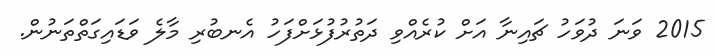
2015 ވަނަ ދުވަހު ޗައިނާ އަށް ކުރެއްވި ދަތުރުފުޅަށްފަހު އެނބުރި މާލެ ވަޑައިގަތްތަނުން.